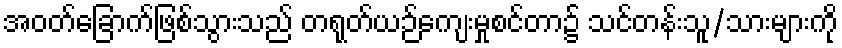
အဝတ်ခြောက်ဖြစ်သွားသည် တရုတ်ယဉ်ကျေးမှုစင်တာ၌ သင်တန်းသူ/သားများကို